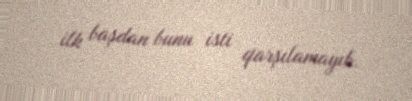
ilk başdan bunu isti qarşılamayıb.